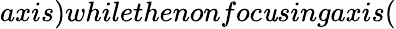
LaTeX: axis)whilethenonfoc\mathit{u}singaxis(